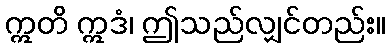
ဣတိ ဣဒံ၊ ဤသည်လျှင်တည်း။